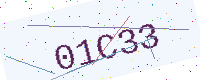
Text: 01C33